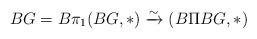
LaTeX: \begin{align*}BG = B\pi_1(BG,\ast) \xrightarrow{\sim} (B\Pi BG,\ast)\end{align*}